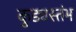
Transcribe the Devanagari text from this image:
कुड्यस्तंभ